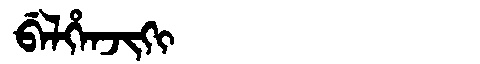
Manchu: ᠪᡝᠯᡥᡝᠨᠵᡳᡴᡳ
Romanization: BELHENJIKI